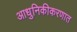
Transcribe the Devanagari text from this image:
आधुनिकीकरणात